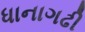
ધાનાગઢી